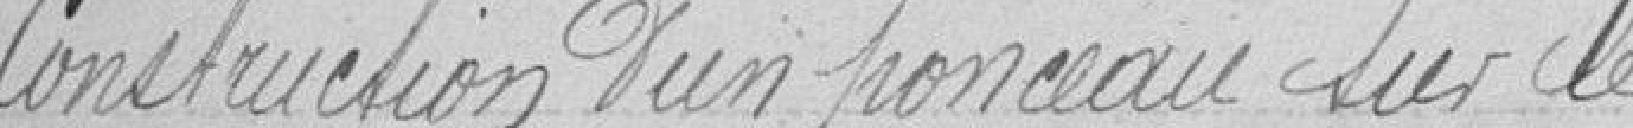
Construction d'un ponceau sur le